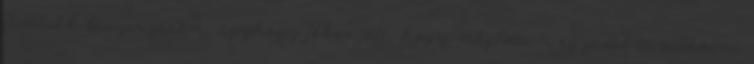
fedőlakk beszerzésén, úgyhogy jókor jött, hogy megláttam egyedül árválkodni